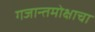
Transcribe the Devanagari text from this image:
गजान्तमोक्षाचा